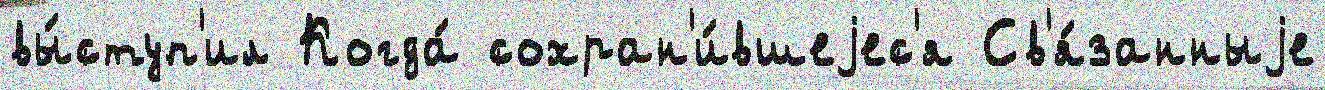
вы́ступ'ил Когда́ сохран'и́вшеjес'я Св'я́занныjе